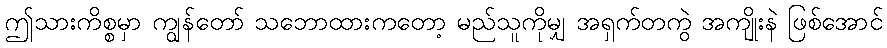
ဤသားကိစ္စမှာ ကျွန်တော် သဘောထားကတော့ မည်သူကိုမျှ အရှက်တကွဲ အကျိုးနဲ ဖြစ်အောင်